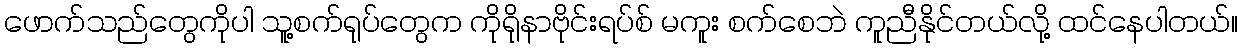
ဖောက်သည်တွေကိုပါ သူ့စက်ရုပ်တွေက ကိုရိုနာဗိုင်းရပ်စ် မကူး စက်စေဘဲ ကူညီနိုင်တယ်လို့ ထင်နေပါတယ်။